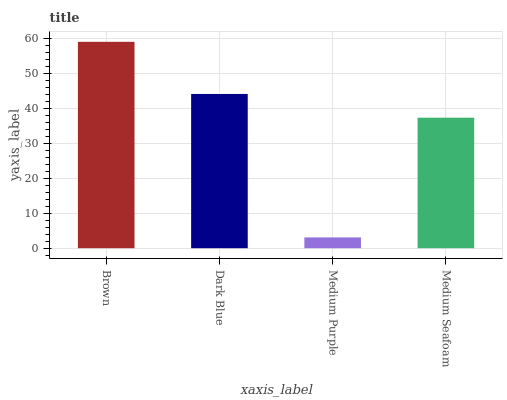
| xaxis_label | bars |
 | --- | --- |
 | Brown | 59 |
 | Dark Blue | 44.1 |
 | Medium Purple | 3.09 |
 | Medium Seafoam | 37.3 |